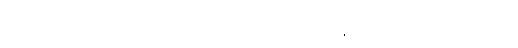
ဂဟပတိမဟာသာလာနံ ဝါ၊ သူကြွယ်မျိုးဖြစ်သော များသော ဥစ္စာနှစ်ရှိသော သူတို့၏လည်းကောင်း။